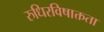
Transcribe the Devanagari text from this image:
रुधिरविषाक्तता